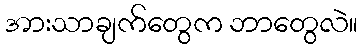
အားသာချက်တွေက ဘာတွေလဲ။